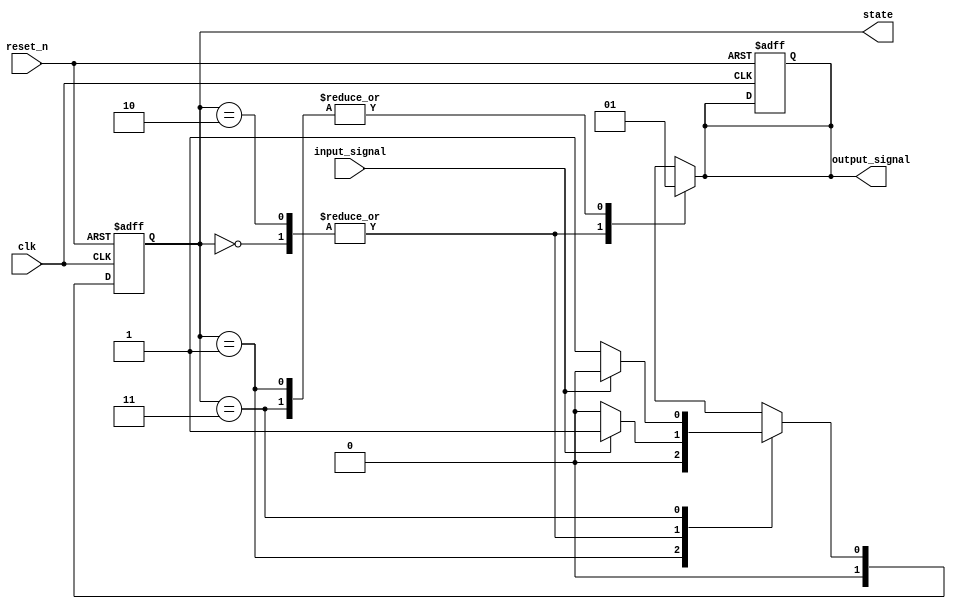
module moore_fsm (
    input wire clk,          // Clock signal
    input wire reset_n,      // Asynchronous active-low reset
    input wire input_signal,  // Input signal for state transitions
    output reg [1:0] state,   // Current state (2 bits for 4 states)
    output reg output_signal   // Output signal based on current state
);

// State encoding
localparam STATE_0 = 2'b00; // State 0
localparam STATE_1 = 2'b01; // State 1
localparam STATE_2 = 2'b10; // State 2
localparam STATE_3 = 2'b11; // State 3

// State transition logic
always @(*) begin
    case (state)
        STATE_0: begin
            if (input_signal) begin
                state_next = STATE_1;
            end else begin
                state_next = STATE_0;
            end
            output_signal = 1'b0; // Output for STATE_0
        end
        
        STATE_1: begin
            if (input_signal) begin
                state_next = STATE_2;
            end else begin
                state_next = STATE_0;
            end
            output_signal = 1'b1; // Output for STATE_1
        end
        
        STATE_2: begin
            if (input_signal) begin
                state_next = STATE_3;
            end else begin
                state_next = STATE_0;
            end
            output_signal = 1'b0; // Output for STATE_2
        end
        
        STATE_3: begin
            if (input_signal) begin
                state_next = STATE_0;
            end else begin
                state_next = STATE_1;
            end
            output_signal = 1'b1; // Output for STATE_3
        end
        
        default: begin
            state_next = STATE_0; // Default to STATE_0
            output_signal = 1'b0; // Default output
        end
    endcase
end

// State register with asynchronous reset
always @(posedge clk or negedge reset_n) begin
    if (!reset_n) begin
        state <= STATE_0; // Reset to STATE_0
        output_signal <= 1'b0; // Reset output
    end else begin
        state <= state_next; // Update state on clock edge
    end
end

endmodule